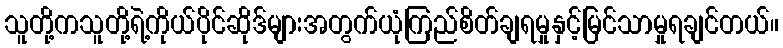
သူတို့ကသူတို့ရဲ့ကိုယ်ပိုင်ဆိုဒ်များအတွက်ယုံကြည်စိတ်ချရမှုနှင့်မြင်သာမှုရချင်တယ်။